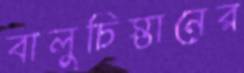
বালুচিস্তানের